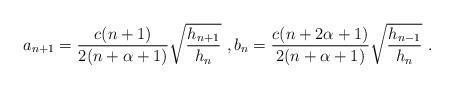
LaTeX: \begin{align*}a_{n+1} = \frac{c(n + 1)}{2 (n + \alpha + 1)}\sqrt{\frac{h_{n+1}}{h_{n}}}\ ,b_n= \frac{c(n + 2\alpha+1)}{2 (n + \alpha + 1)}\sqrt{\frac{h_{n-1}}{h_{n}}}\ .\end{align*}